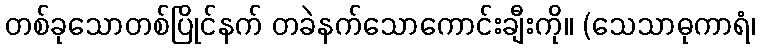
တစ်ခုသောတစ်ပြိုင်နက် တခဲနက်သောကောင်းချီးကို။ (သေသာဓုကာရံ၊